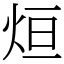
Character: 烜